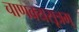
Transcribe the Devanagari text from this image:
चाणक्यसूत्रम्